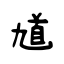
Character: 馗